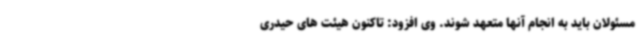
مسئولان باید به انجام آنها متعهد شوند. وی افزود: تاکنون هیئت های حیدری